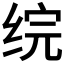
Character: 𬘫